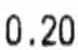
0.20